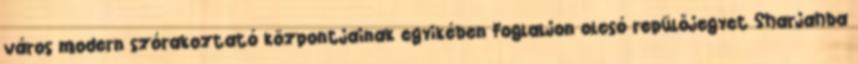
város modern szórakoztató központjainak egyikében Foglaljon olcsó repülőjegyet Sharjahba